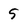
Character: 5